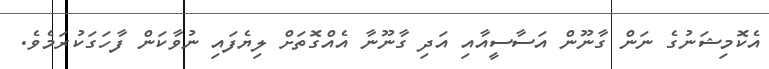
އެކޮމިޝަނުގެ ނަން ގާނޫން އަސާސީއާއި އަދި ގާނޫނާ އެއްގޮތަށް ލިޔެފައި ނުވާކަން ފާހަގަކުރަމެވެ.